Rangoon Lunatic Asylum 1893-1897 - 1893-1897
Year: 1893
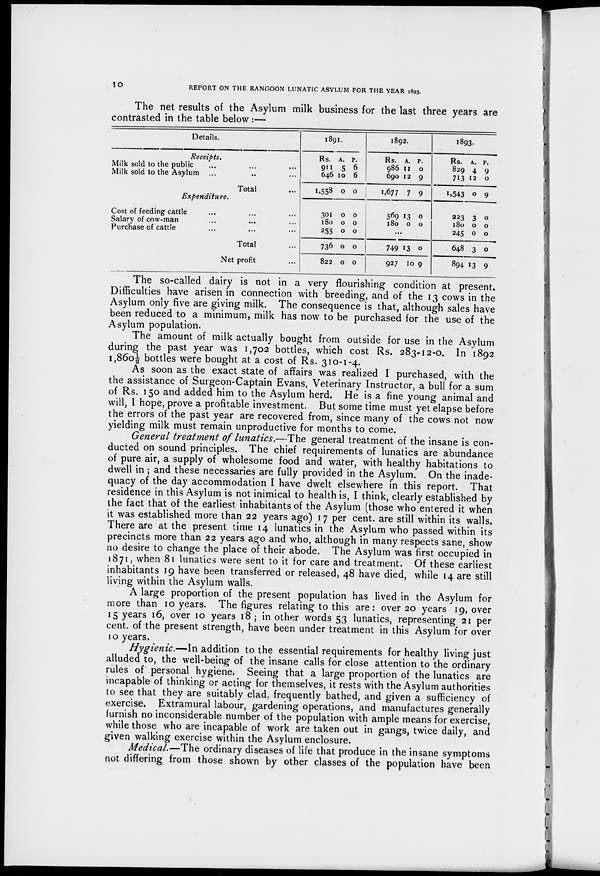
10
REPORT ON THE RANGOON LUNATIC ASYLUM FOR THE YEAR 1893.
The net results of the Asylum milk business for the last three years are
contrasted in the table below :—
Details.
Receipts.
Milk sold to the public ... ... ...
Milk sold to the Asylum ... ... ...
Total ...
Expenditure.
Cost of feeding cattle ... ... ...
Salary of cow-man ... ... ...
Purchase of cattle ... ... ...
Total ...
Net profit ...
1891.
Rs.
911
646
1,558
A.
5
10
0
P.
6
6
0
301
180
255
736
822
0
0
0
0
0
0
0
0
0
0
1892.
Rs.
986
690
1,677
A.
11
12
7
P.
0
9
9
569
180
13
0
0
0
...
749
927
13
10
0
9
1893.
Rs.
829
713
1,543
A.
4
12
0
P.
9
0
9
223
180
245
648
894
3
0
0
3
13
0
0
0
0
9
The so-called dairy is not in a very flourishing condition at present.
Difficulties have arisen in connection with breeding, and of the 13 cows in the
Asylum only five are giving milk. The consequence is that, although sales have
been reduced to a minimum, milk has now to be purchased for the use of the
Asylum population.
The amount of milk actually bought from outside for use in the Asylum
during the past year was 1,702 bottles, which cost Rs. 283-12-0. In 1892
1,860½ bottles were bought at a cost of Rs. 310-1-4.
As soon as the exact state of affairs was realized I purchased, with the
the assistance of Surgeon-Captain Evans, Veterinary Instructor, a bull for a sum
of Rs. 150 and added him to the Asylum herd. He is a fine young animal and
will, I hope, prove a profitable investment. But some time must yet elapse before
the errors of the past year are recovered from, since many of the cows not now
yielding milk must remain unproductive for months to come.
General treatment of lunatics.—The general treatment of the insane is con-
ducted on sound principles. The chief requirements of lunatics are abundance
of pure air, a supply of wholesome food and water, with healthy habitations to
dwell in ; and these necessaries are fully provided in the Asylum. On the inade-
quacy of the day accommodation I have dwelt elsewhere in this report. That
residence in this Asylum is not inimical to health is, I think, clearly established by
the fact that of the earliest inhabitants of the Asylum (those who entered it when
it was established more than 22 years ago) 17 per cent. are still within its walls.
There are at the present time 14 lunatics in the Asylum who passed within its
precincts more than 22 years ago and who, although in many respects sane, show
no desire to change the place of their abode. The Asylum was first occupied in
1871, when 81 lunatics were sent to it for care and treatment. Of these earliest
inhabitants 19 have been transferred or released, 48 have died, while 14 are still
living within the Asylum walls.
A large proportion of the present population has lived in the Asylum for
more than 10 years. The figures relating to this are: over 20 years 19, over
15 years 16, over 10 years 18 ; in other words 53 lunatics, representing 21 per
cent. of the present strength, have been under treatment in this Asylum for over
10 years.
Hygienic.—In addition to the essential requirements for healthy living just
alluded to, the well-being of the insane calls for close attention to the ordinary
rules of personal hygiene. Seeing that a large proportion of the lunatics are
incapable of thinking or acting for themselves, it rests with the Asylum authorities
to see that they are suitably clad, frequently bathed, and given a sufficiency of
exercise. Extramural labour, gardening operations, and manufactures generally
furnish no inconsiderable number of the population with ample means for exercise,
while those who are incapable of work are taken out in gangs, twice daily, and
given walking exercise within the Asylum enclosure.
Medical.—The ordinary diseases of life that produce in the insane symptoms
not differing from those shown by other classes of the population have been